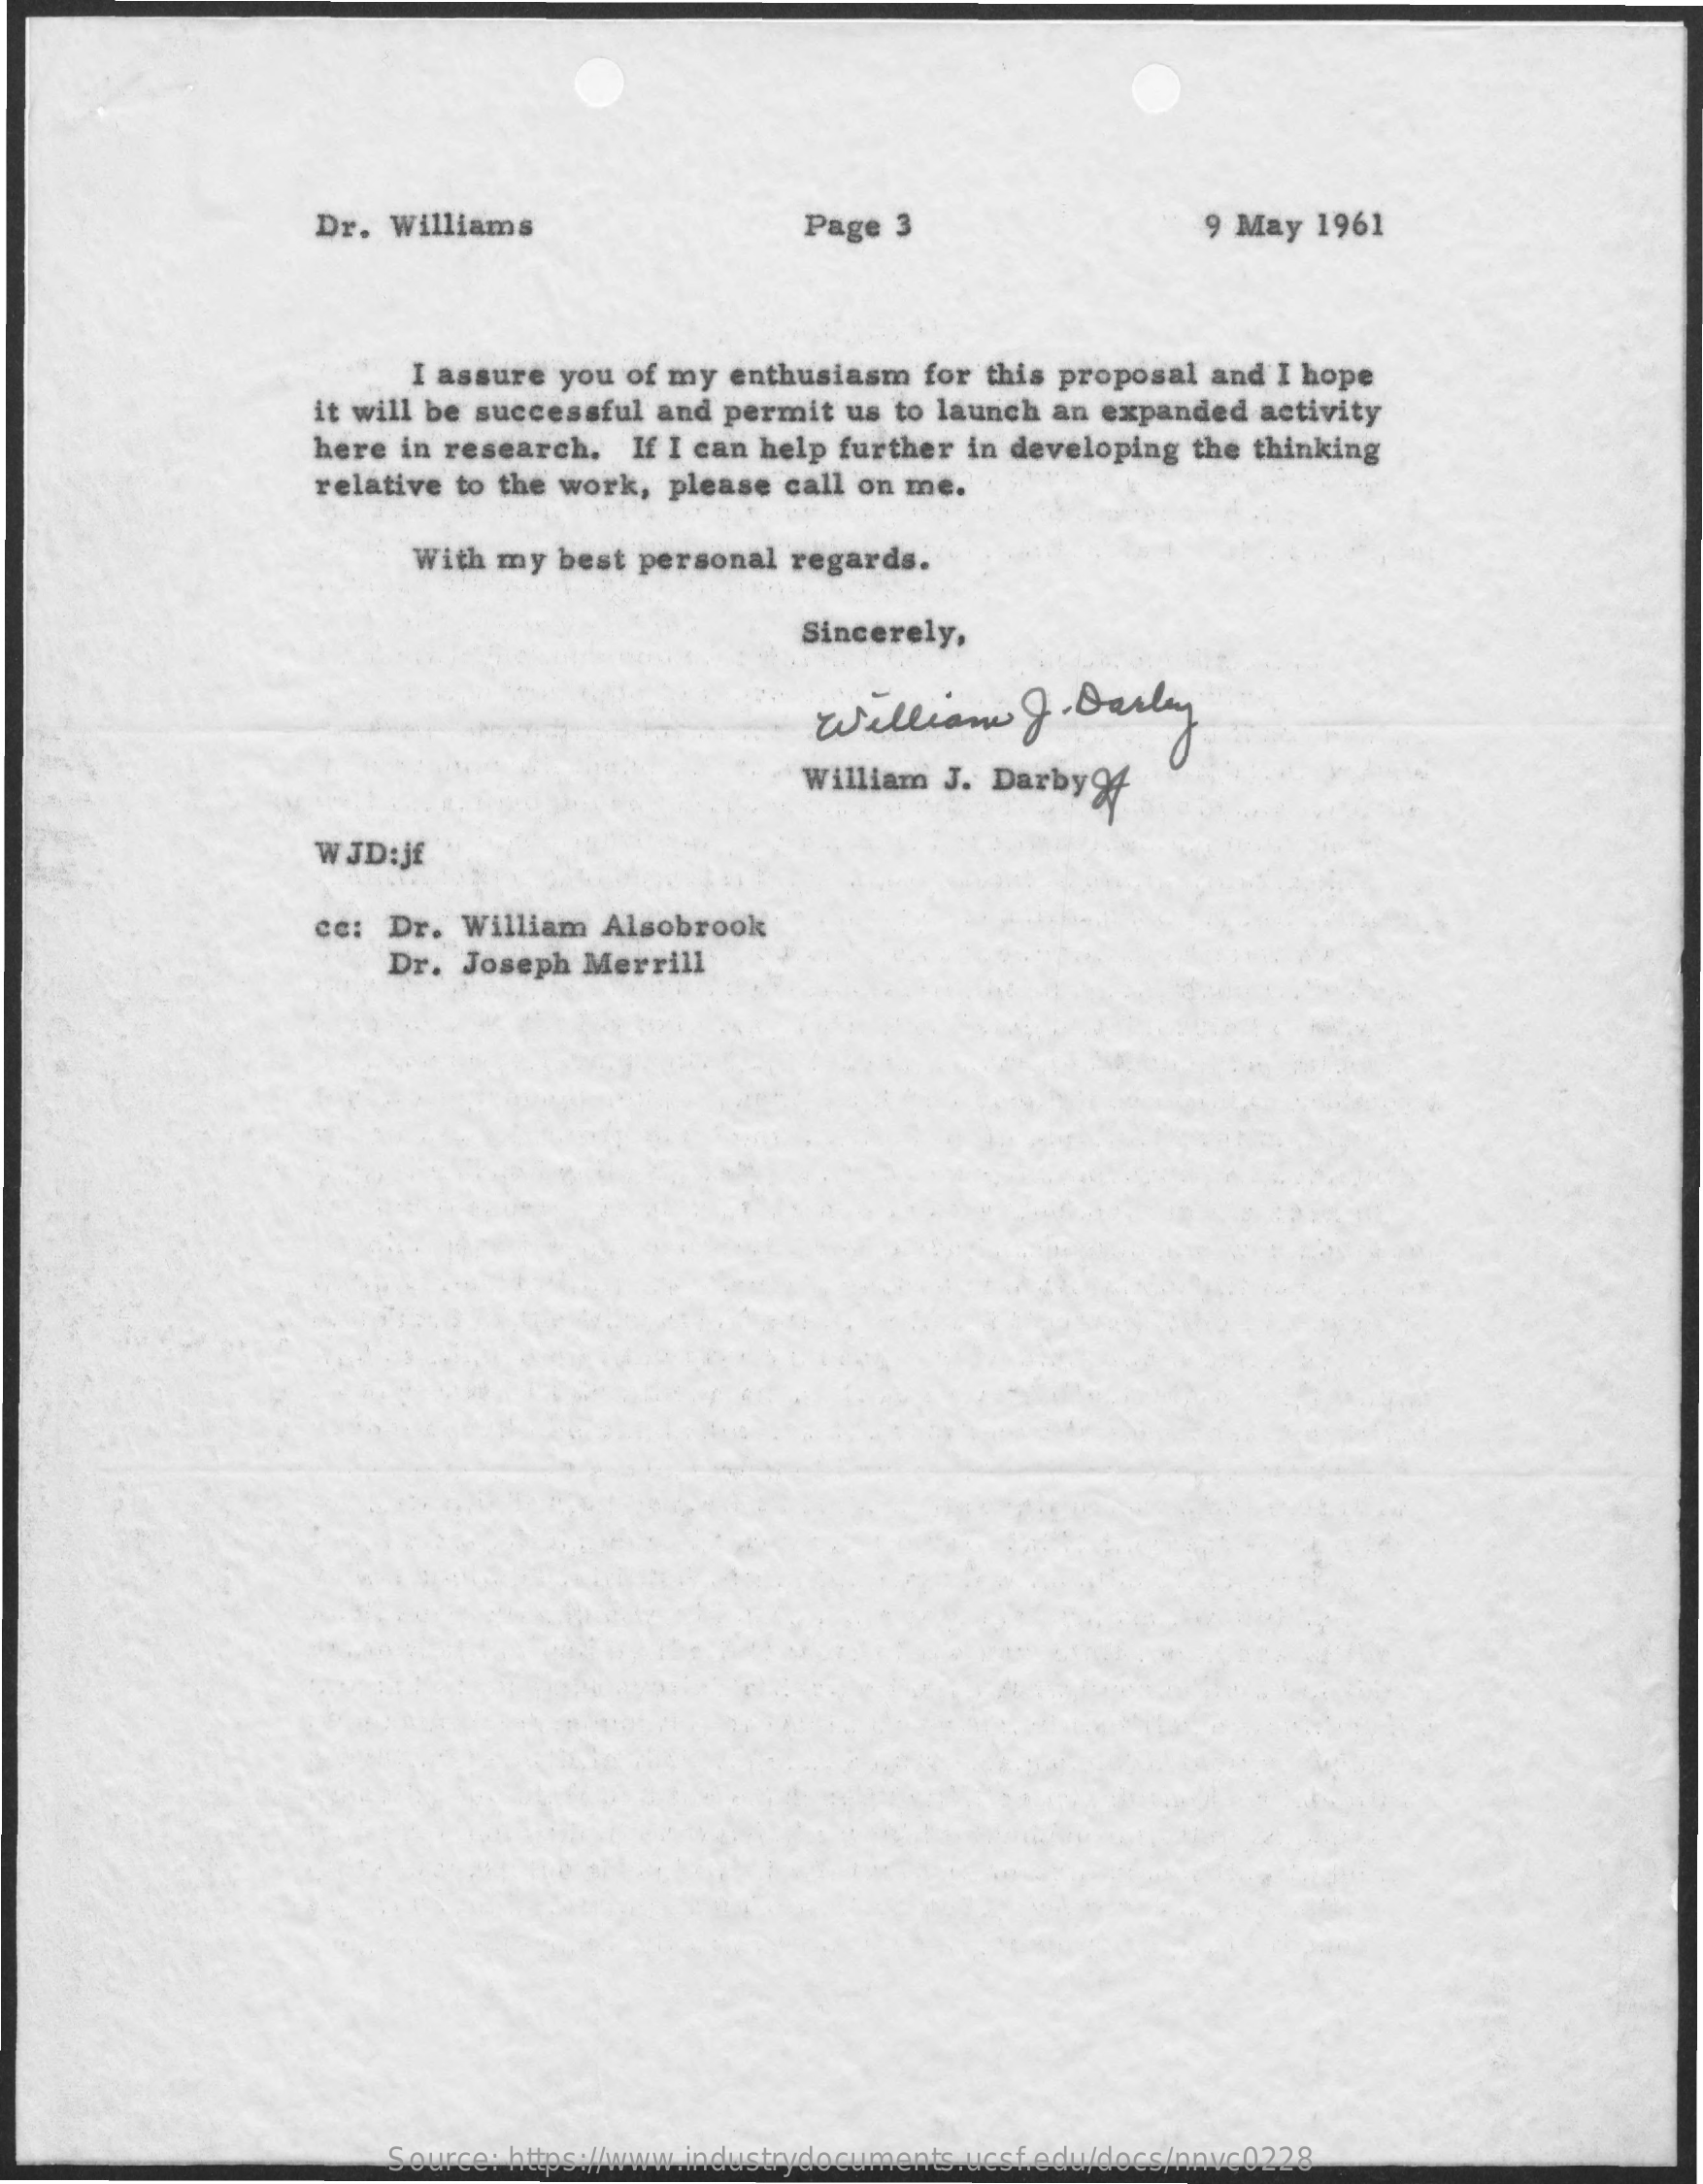
Dr.  Williams    Page  3    9 May  1961
     I assure  you of my  enthusiasm  for this proposal and  I hope
     it will be successful and permit  us to launch an expanded  activity
     here  in research.  If I can help further in developing the thinking
     relative to the work,  please call on me.
     With my  best personal  regards.
     Sincerely,
     William    J.  Darley
     William J. Darby  94
     W JD:jf
     ce:  Dr.  William Alsobrook
     Dr. Joseph  Merrill
     Source: https://www.industrydocuments.ucsf.edu/docs/nnvc0228